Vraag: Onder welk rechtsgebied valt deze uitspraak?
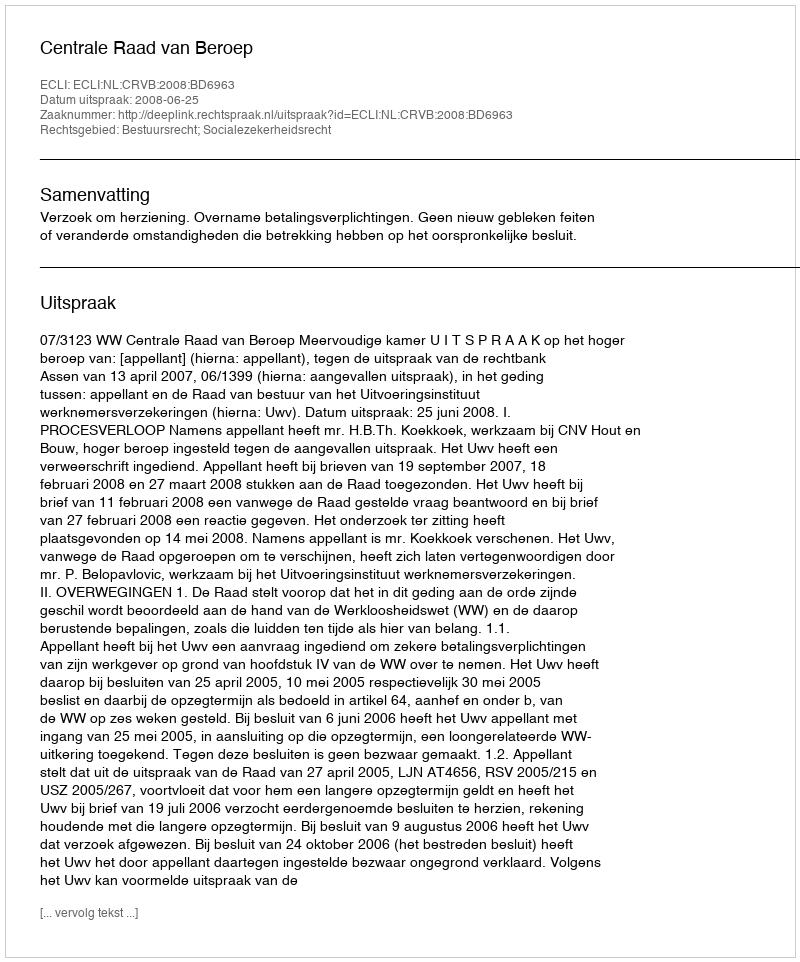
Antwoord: Bestuursrecht; Socialezekerheidsrecht